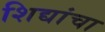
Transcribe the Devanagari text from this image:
शिद्यांचा